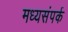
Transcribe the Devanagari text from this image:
मध्यसंपर्क